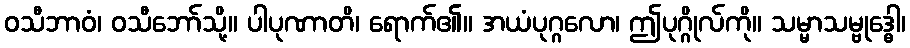
ဝသီဘာဝံ၊ ဝသီဘော်သို့။ ပါပုဏာတိ၊ ရောက်၏။ အယံပုဂ္ဂလော၊ ဤပုဂ္ဂိုလ်ကို။ သမ္မာသမ္ဗုဒ္ဓေါ၊